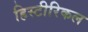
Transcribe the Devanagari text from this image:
हिस्टीरिकल